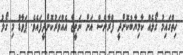
ހިތްގައިމު ގޯލެއް ކާމިޔާބުކޮށްދީ ފްރާންސް އަށް ނަތީޖާ އެއްވަރުކޮށްދީފައެވެ. ޕަވާޑް މި ގޯލު